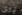
روى